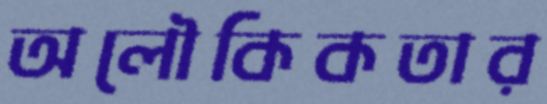
অলৌকিকতার